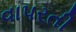
વાપરતી